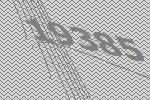
19385